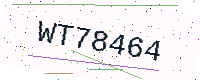
Text: WT78464